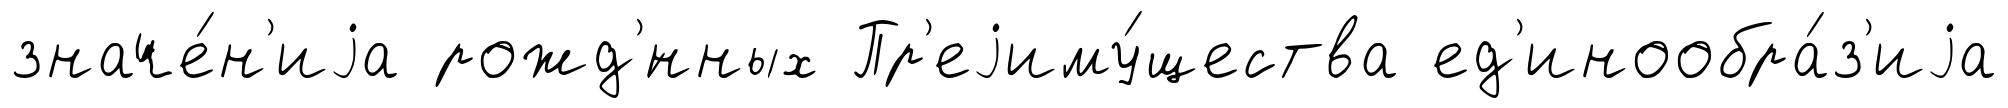
значе́н'иjа рожд'́нных Пр'еjиму́щества ед'инообра́з'иjа